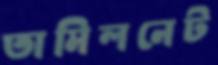
তামিলনেট